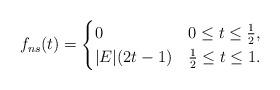
LaTeX: \begin{align*}f_{ns}(t) = \begin{cases} 0 & 0\leq t\leq \frac{1}{2}, \\|E|(2t-1) & \frac{1}{2} \leq t\leq 1.\end{cases}\end{align*}